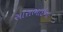
સારાભાઇના